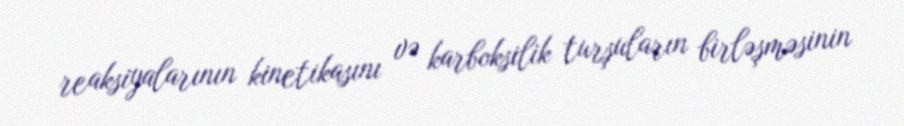
reaksiyalarının kinetikasını və karboksilik turşuların birləşməsinin